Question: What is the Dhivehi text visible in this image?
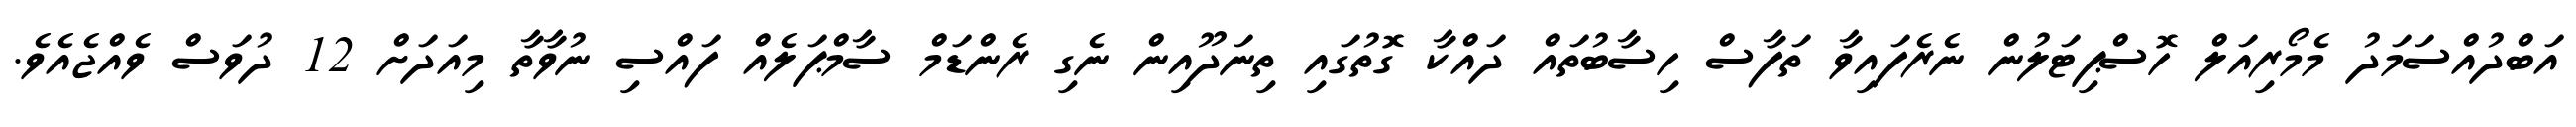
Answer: އަބްދުއްސަމަދު މެމޯރިއަލް ހޮސްޕިޓަލުން ނެރެފައިވާ ތަފާސް ހިސާބުތައް ދައްކާ ގޮތުގައި ތިނަދޫއިން ނެގި ރެންޑަމް ސާމްޕަލެއް ފައްސި ނުވާތާ މިއަދަށް 12 ދުވަސް ވެއްޖެއެވެ.